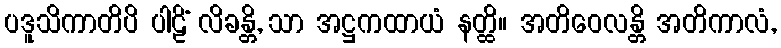
ပဒူသိကာတိပိ ပါဠိံ လိခန္တိ, သာ အဋ္ဌကထာယံ နတ္ထိ။ အတိဝေလန္တိ အတိကာလံ,